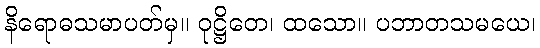
နိရောဓသမာပတ်မှ။ ဝုဋ္ဌိတေ၊ ထသော။ ပဘာတသမယေ၊